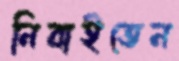
নিবাইতেন